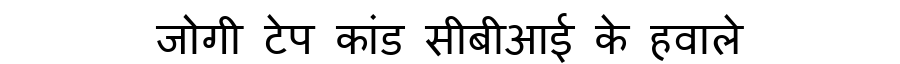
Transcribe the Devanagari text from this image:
जोगी टेप कांड सीबीआई के हवाले